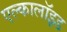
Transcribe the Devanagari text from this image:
एल्कालॉइड